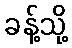
ခန့်သို့